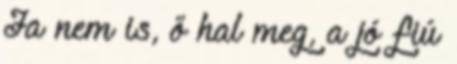
Ja nem is, ő hal meg, a jó fiú